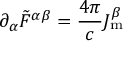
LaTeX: \partial _ { \alpha } { { \tilde { F } } ^ { \alpha \beta } } = { \frac { 4 \pi } { c } } J _ { \mathrm { m } } ^ { \beta }